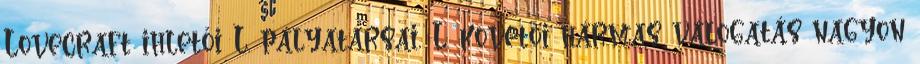
Lovecraft ihletői L. pályatársai, L. követői hármas válogatás nagyon